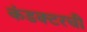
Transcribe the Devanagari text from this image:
कंडक्टरची